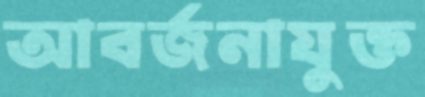
আবর্জনাযুক্ত